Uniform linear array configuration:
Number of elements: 64
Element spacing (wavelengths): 0.25
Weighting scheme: exponential
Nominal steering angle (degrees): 30
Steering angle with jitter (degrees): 31.703
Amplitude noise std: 0.05
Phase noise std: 0.05

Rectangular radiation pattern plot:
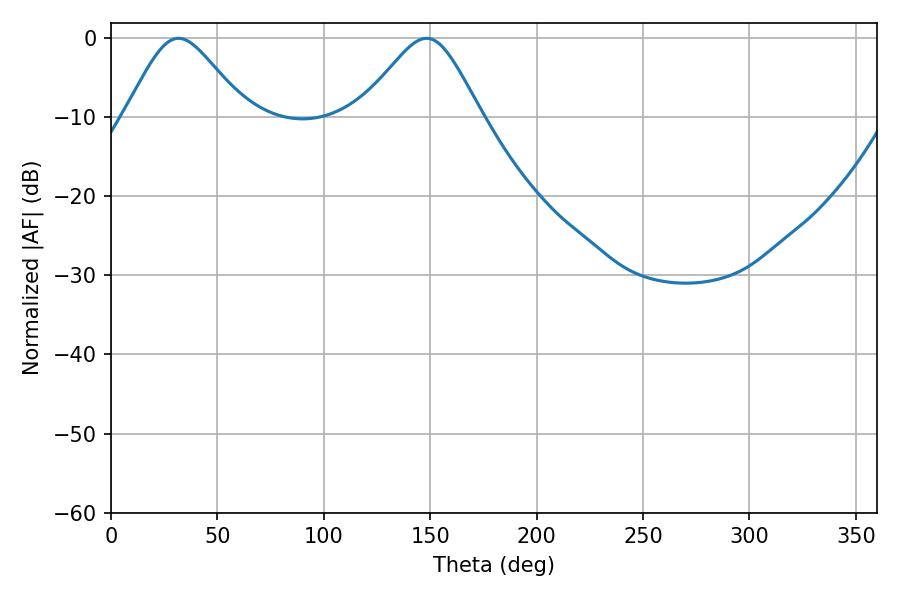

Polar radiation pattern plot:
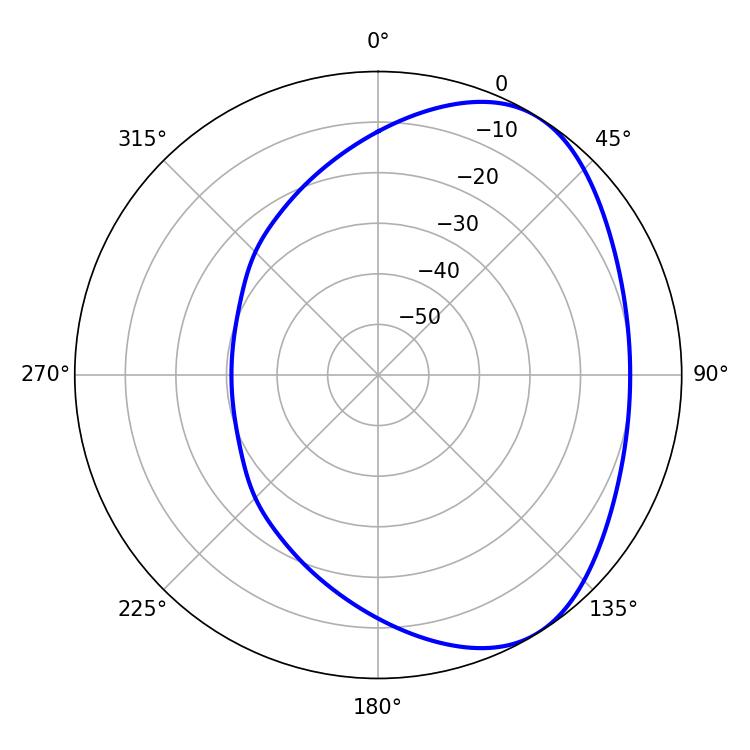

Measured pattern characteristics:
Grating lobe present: FALSE
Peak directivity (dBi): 4.658
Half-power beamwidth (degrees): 27.72
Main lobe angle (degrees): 31.68